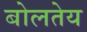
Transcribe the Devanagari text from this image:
बोलतेय